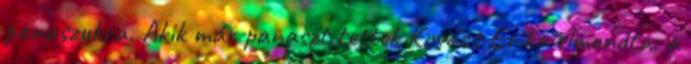
panaszukra. Akik már panaszt tettek Kovács Erika elmondta: a